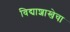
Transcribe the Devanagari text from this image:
विद्याशाखेचा